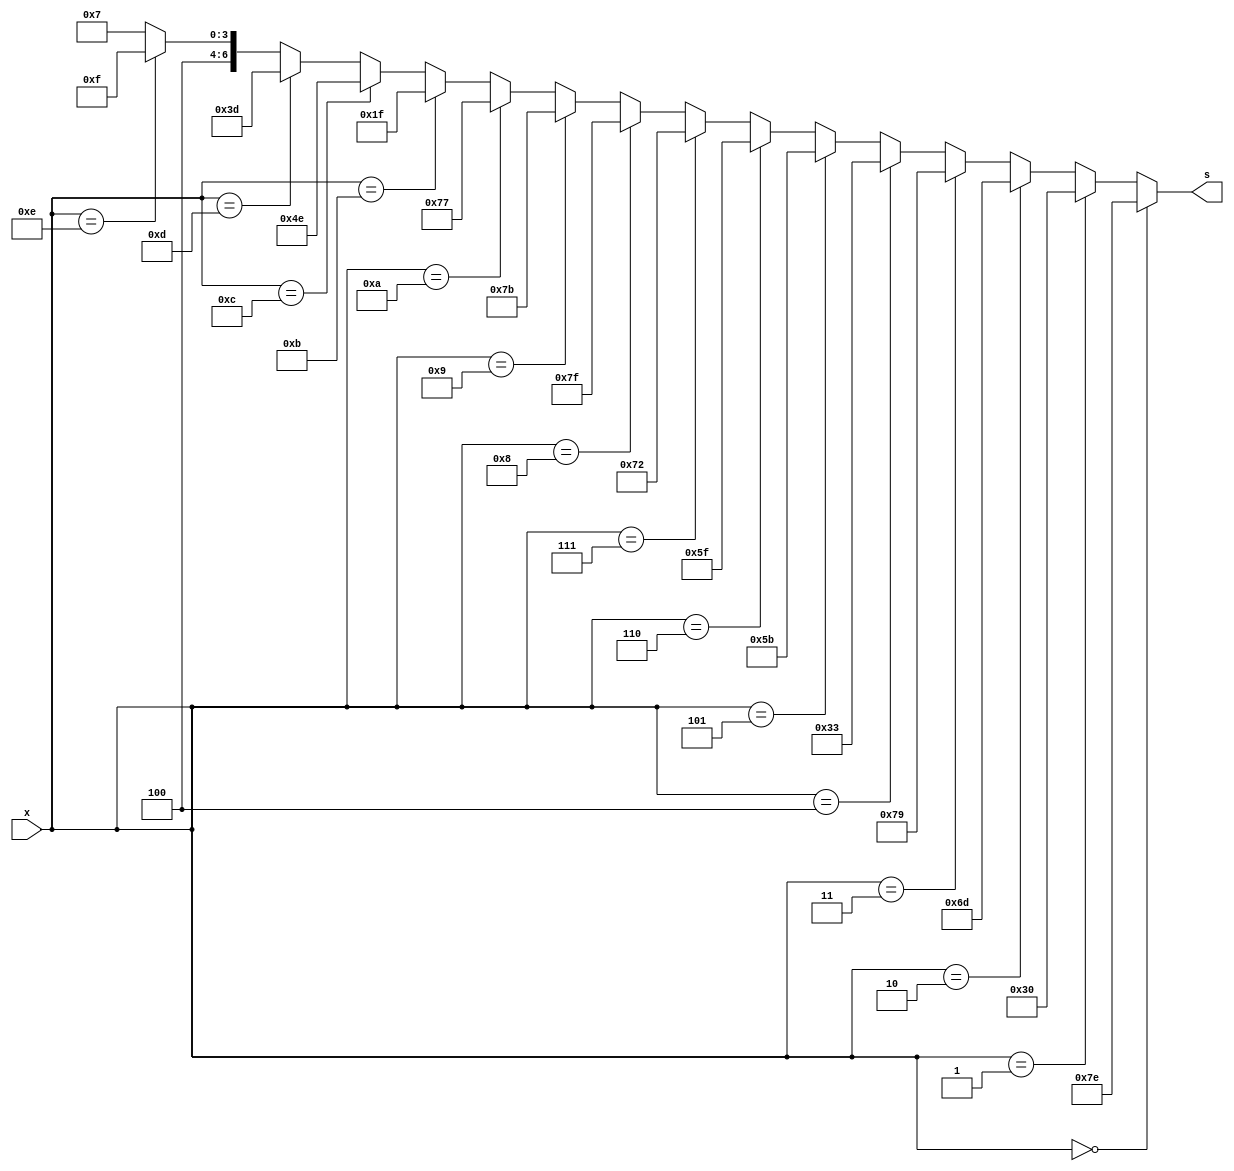
module bin_2_7 (x, s);
  input  [3:0] x;
  output [6:0] s;
  
  assign s = (x == 4'd0 ) ? 7'b1111110 :
             (x == 4'd1 ) ? 7'b0110000 :
             (x == 4'd2 ) ? 7'b1101101 :
             (x == 4'd3 ) ? 7'b1111001 :
             (x == 4'd4 ) ? 7'b0110011 :
             (x == 4'd5 ) ? 7'b1011011 :
             (x == 4'd6 ) ? 7'b1011111 :
             (x == 4'd7 ) ? 7'b1110010 :
             (x == 4'd8 ) ? 7'b1111111 :
             (x == 4'd9 ) ? 7'b1111011 :
             (x == 4'd10) ? 7'b1110111 :
             (x == 4'd11) ? 7'b0011111 :
             (x == 4'd12) ? 7'b1001110 :
             (x == 4'd13) ? 7'b0111101 :
             (x == 4'd14) ? 7'b1001111 : 7'b1000111 ;
endmodule